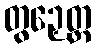
တွဉှေတ္ထ